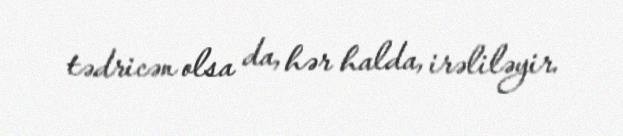
tədricən olsa da, hər halda, irəliləyir.